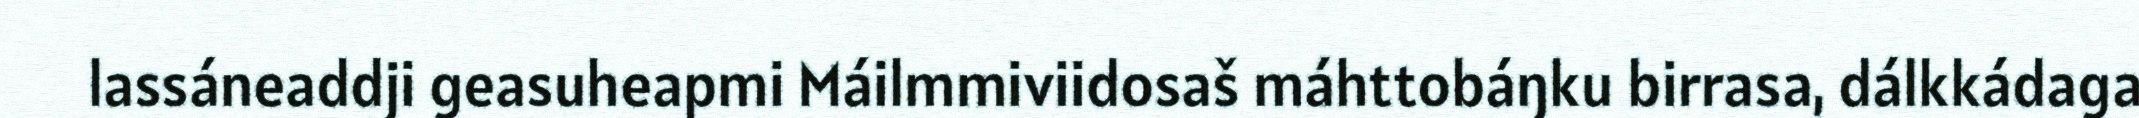
lassáneaddji geasuheapmi Máilmmiviidosaš máhttobáŋku birrasa, dálkkádaga